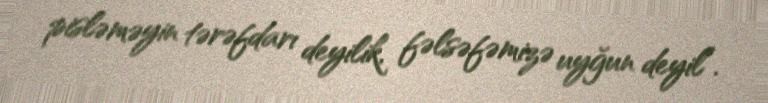
pisləməyin tərəfdarı deyilik, fəlsəfəmizə uyğun deyil”.